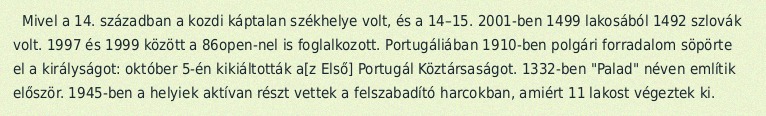
Mivel a 14. században a kozdi káptalan székhelye volt, és a 14–15. 2001-ben 1499 lakosából 1492 szlovák volt. 1997 és 1999 között a 86open-nel is foglalkozott. Portugáliában 1910-ben polgári forradalom söpörte el a királyságot: október 5-én kikiáltották a[z Első] Portugál Köztársaságot. 1332-ben "Palad" néven említik először. 1945-ben a helyiek aktívan részt vettek a felszabadító harcokban, amiért 11 lakost végeztek ki.